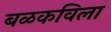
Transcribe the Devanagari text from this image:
बळकविला